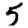
Digit: 5